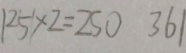
1 2 5 \times 2 = 2 5 0 3 6 1